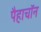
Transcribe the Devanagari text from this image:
पैहाचॉन